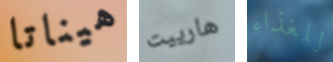
هيناتا هارييت للغذاء